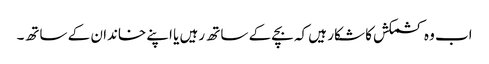
اب وہ کشمکش کا شکار ہیں کہ بچے کے ساتھ رہیں یا اپنے خاندان کے ساتھ۔